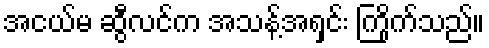
အငယ်မ ဆွီလင်က အသန့်အရှင်း ကြိုက်သည်။